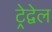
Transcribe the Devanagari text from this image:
ट्रेद्वेल